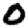
Digit: 0